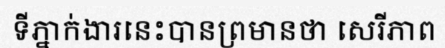
ទីភ្នាក់ងារនេះបានព្រមានថា សេរីភាព